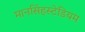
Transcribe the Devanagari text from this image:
मानसिंहस्टेडियम